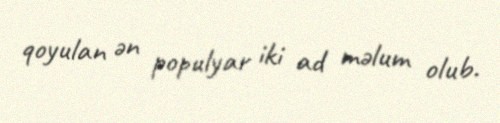
qoyulan ən populyar iki ad məlum olub.